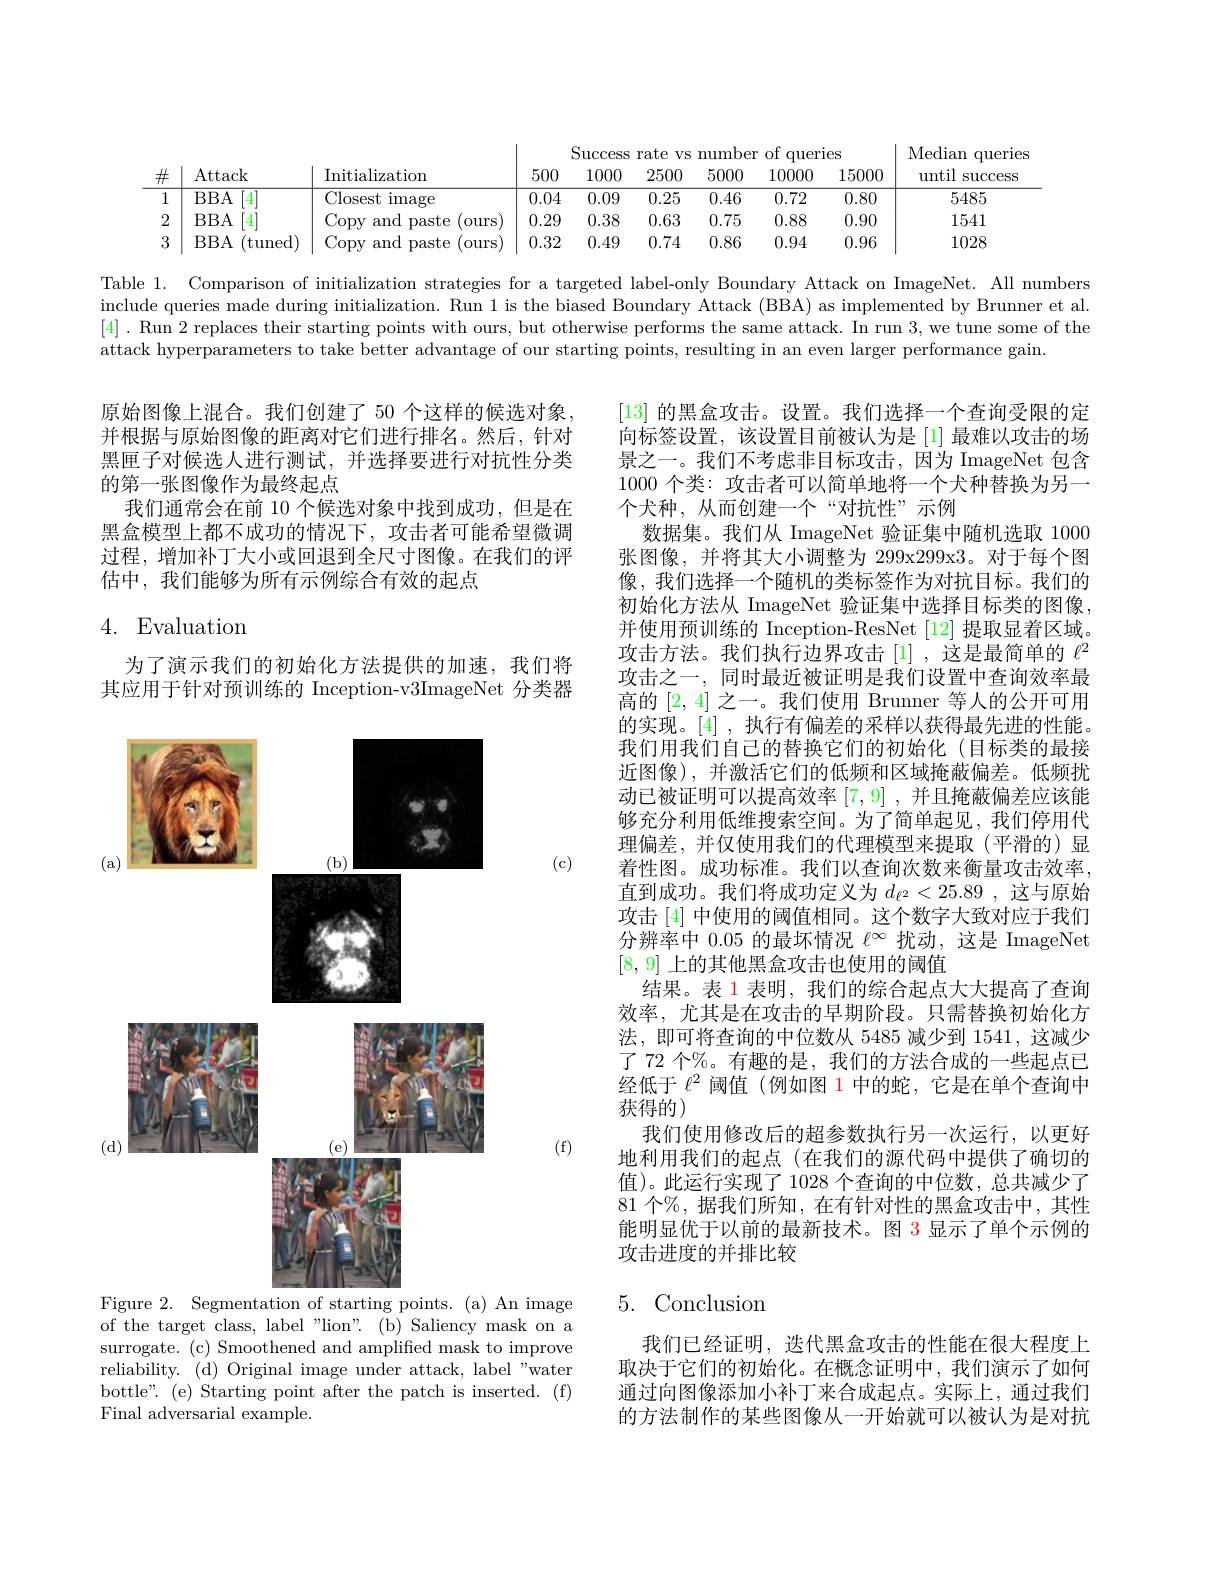
<table>
	<tbody>
		<tr>
			<th> </th>
			<th> </th>
			<th> </th>
			<th> </th>
			<th colspan="5">Success lher 0f queries $N$ ,</th>
			<th>Median querles</th>
		</tr>
		<tr>
			<th>$\#$</th>
			<th>Attack</th>
			<th>Initialization</th>
			<th>500</th>
			<th>JUUUDD 1000</th>
			<th>$1\boldsymbol{UU}\boldsymbol{U}$ $Vi$ 1 2500</th>
			<th>IIUIIIDU 5000</th>
			<th>$UI$ $\Psi uul$ 10000</th>
			<th>$IUD$ 15000</th>
			<th>111. 1 ${\mathrm{unan~qucr.}}$ T until $\operatorname{success}$</th>
		</tr>
		<tr>
			<td>1</td>
			<td>$BBA$ 4</td>
			<td>Closest image</td>
			<td>0.04</td>
			<td>0.09</td>
			<td>0.25</td>
			<td>0.46</td>
			<td>0.72</td>
			<td>0.80</td>
			<td>5485</td>
		</tr>
		<tr>
			<td>2</td>
			<td>$BBA$</td>
			<td>Copy and paste ours</td>
			<td>0.29</td>
			<td>0.38</td>
			<td>0.63</td>
			<td>0.75</td>
			<td>0.88</td>
			<td>0.90</td>
			<td>1541</td>
		</tr>
		<tr>
			<td>3</td>
			<td>$BBA$ tuned</td>
			<td>Copy and paste ours 1</td>
			<td>0.32</td>
			<td>0.49</td>
			<td>0.74</td>
			<td>0.86</td>
			<td>0.94</td>
			<td>0.96</td>
			<td>1028</td>
		</tr>
	</tbody>
</table>

Table 1. Comparison of initialization strategies for a targeted label-only Boundary Attack on ImageNet. All numbers include queries made during initialization. Run 1 is the biased Boundary Attack (BBA) as implemented by Brunner et al. [4]. Run 2 replaces their starting points with ours, but otherwise performs the same attack. In run 3, we tune some of the attack hyperparameters to take better advantage of our starting points, resulting in an even larger performance gain.

原始图像上混合。我们创建了 50 个这样的候选对象， 并根据与原始图像的距离对它们进行排名。然后，针对黑匣子对候选人进行测试，并选择要进行对抗性分类的第一张图像作为最终起点
我们通常会在前 10 个候选对象中找到成功，但是在黑盒模型上都不成功的情况下，攻击者可能希望微调过程，增加补丁大小或回退到全尺寸图像。在我们的评估中，我们能够为所有示例综合有效的起点

# 4. Evaluation

为了演示我们的初始化方法提供的加速，我们将其应用于针对预训练的 Inception-v3ImageNet 分类器

[13]的黑盒攻击。设置。我们选择一个查询受限的定向标签设置，该设置目前被认为是[1]最难以攻击的场景之一。我们不考虑非目标攻击，因为 ImageNet 包含1000 个类：攻击者可以简单地将一个犬种替换为另一个犬种，从而创建一个“对抗性”示例
数据集。我们从 ImageNet 验证集中随机选取 1000张图像，并将其大小调整为 299x299x3。对于每个图像，我们选择一个随机的类标签作为对抗目标。我们的初始化方法从 ImageNet 验证集中选择目标类的图像， 并使用预训练的 Inception-ResNet [12] 提取显着区域。攻击方法。我们执行边界攻击[1],这是最简单的$\ell^2$ 攻击之一，同时最近被证明是我们设置中查询效率最高的[2,4]之一。我们使用 Brunner 等人的公开可用的实现。[4] ,执行有偏差的采样以获得最先进的性能。我们用我们自己的替换它们的初始化(目标类的最接近图像),并激活它们的低频和区域掩蔽偏差。低频扰动已被证明可以提高效率[7,9] ,并且掩蔽偏差应该能够充分利用低维搜索空间。为了简单起见，我们停用代理偏差，并仅使用我们的代理模型来提取(平滑的)显着性图。成功标准。我们以查询次数来衡量攻击效率， 直到成功。我们将成功定义为$d_\ell^2<25.89$,这与原始攻击 [4] 中使用的阈值相同。这个数字大致对应于我们分辨率中 0.05 的最坏情况$\ell^\infty$扰动，这是 ImageNet [8,9]上的其他黑盒攻击也使用的阈值
结果。表 1 表明，我们的综合起点大大提高了查询效率，尤其是在攻击的早期阶段。只需替换初始化方法，即可将查询的中位数从 5485 减少到 1541,这减少了 72 个%。有趣的是，我们的方法合成的一些起点已经低于$\ell^2$阈值 (例如图 1 中的蛇，它是在单个查询中获得的)
我们使用修改后的超参数执行另一次运行，以更好地利用我们的起点(在我们的源代码中提供了确切的值)。此运行实现了 1028 个查询的中位数，总共减少了81 个%, 据我们所知，在有针对性的黑盒攻击中，其性能明显优于以前的最新技术。图 3 显示了单个示例的攻击进度的并排比较

(c)

<FigureHere>
Figure 2. Segmentation of starting points. (a) An image

(f)

## $5.{\mathrm{Conclusion}}$

of the target class, label "lion". (b) Saliency mask on a surrogate. (c) Smoothened and amplified mask to improve reliability. (d) Original image under attack, label "water bottle". (e) Starting point after the patch is inserted. (f) Final adversarial example.

我们已经证明，迭代黑盒攻击的性能在很大程度上取决于它们的初始化。在概念证明中，我们演示了如何通过向图像添加小补丁来合成起点。实际上，通过我们的方法制作的某些图像从一开始就可以被认为是对抗